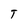
Character: T